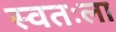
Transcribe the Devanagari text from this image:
स्‍वतःला